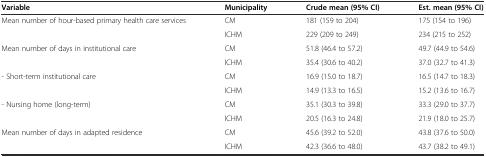
| Variable | Municipality | Crude mean (95% CI) | Est. mean (95% CI) |
 | --- | --- | --- | --- |
 | Mean number of hour-based primary health care services | CM | 181 (159 to 204) | 175 (154 to 196) |
 |  | ICHM | 229 (209 to 249) | 234 (215 to 252) |
 | Mean number of days in institutional care | CM | 51.8 (46.4 to 57.2) | 49.7 (44.9 to 54.6) |
 |  | ICHM | 35.4 (30.6 to 40.2) | 37.0 (32.7 to 41.3) |
 | - Short-term institutional care | CM | 16.9 (15.0 to 18.7) | 16.5 (14.7 to 18.3) |
 |  | ICHM | 14.9 (13.3 to 16.5) | 15.2 (13.6 to 16.7) |
 | - Nursing home (long-term) | CM | 35.1 (30.3 to 39.8) | 33.3 (29.0 to 37.7) |
 |  | ICHM | 20.5 (16.3 to 24.8) | 21.9 (18.0 to 25.7) |
 | Mean number of days in adapted residence | CM | 45.6 (39.2 to 52.0) | 43.8 (37.6 to 50.0) |
 |  | ICHM | 42.3 (36.6 to 48.0) | 43.7 (38.2 to 49.1) |